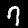
Label: 7